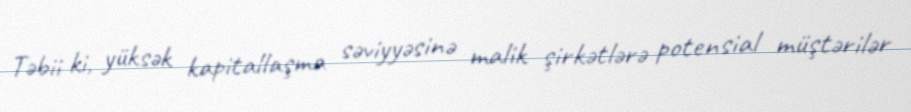
Təbii ki, yüksək kapitallaşma səviyyəsinə malik şirkətlərə potensial müştərilər